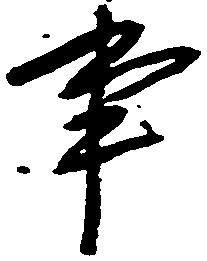
事